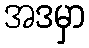
အဒမှာ